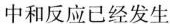
中和反应已经发生